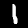
Digit: 1